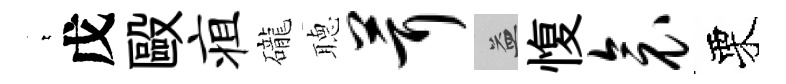
萋戊毆疽礲𦗟茸益愎衾栗